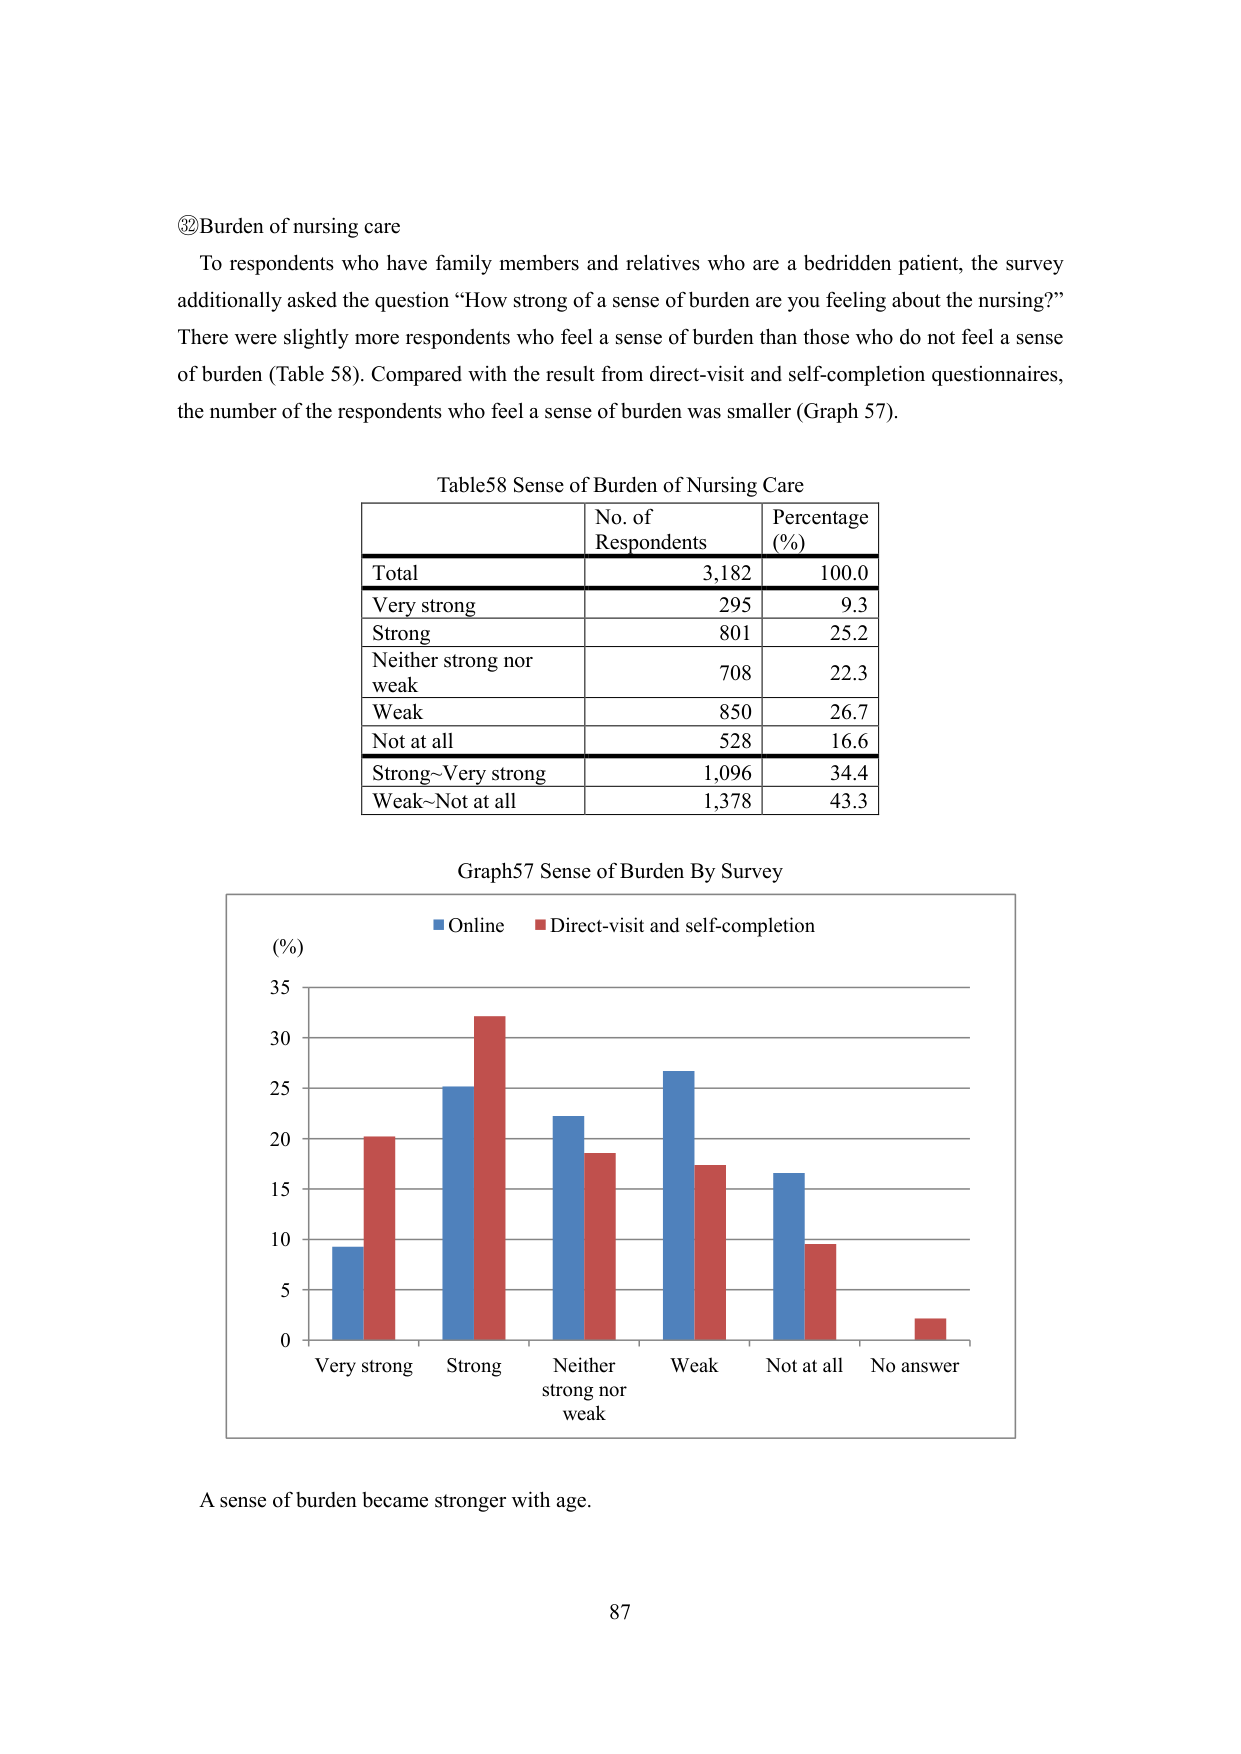
⑳ Burden of nursing care
To respondents who have family members and relatives who are a bedridden patient, the survey additionally asked the question “How strong of a sense of burden are you feeling about the nursing?” There were slightly more respondents who feel a sense of burden than those who do not feel a sense of burden (Table 58). Compared with the result from direct-visit and self-completion questionnaires, the number of the respondents who feel a sense of burden was smaller (Graph 57).

Table58 Sense of Burden of Nursing Care
No. of Respondents | Percentage (%)
--- | ---
Total | 3,182 | 100.0
Very strong | 295 | 9.3
Strong | 801 | 25.2
Neither strong nor weak | 708 | 22.3
Weak | 850 | 26.7
Not at all | 528 | 16.6
Strong~Very strong | 1,096 | 34.4
Weak~Not at all | 1,378 | 43.3

Graph57 Sense of Burden By Survey
(%)
■ Online ■ Direct-visit and self-completion
35
30
25
20
15
10
5
0
Very strong Strong Neither strong nor weak Weak Not at all No answer

A sense of burden became stronger with age.
87